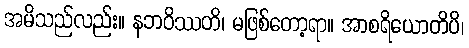
အမိသည်လည်း။ နဘဝိဿတိ၊ မဖြစ်တော့ရာ။ အာစရိယောတိပိ၊